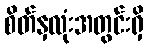
စိတ်နှလုံးအတွင်းရှိ